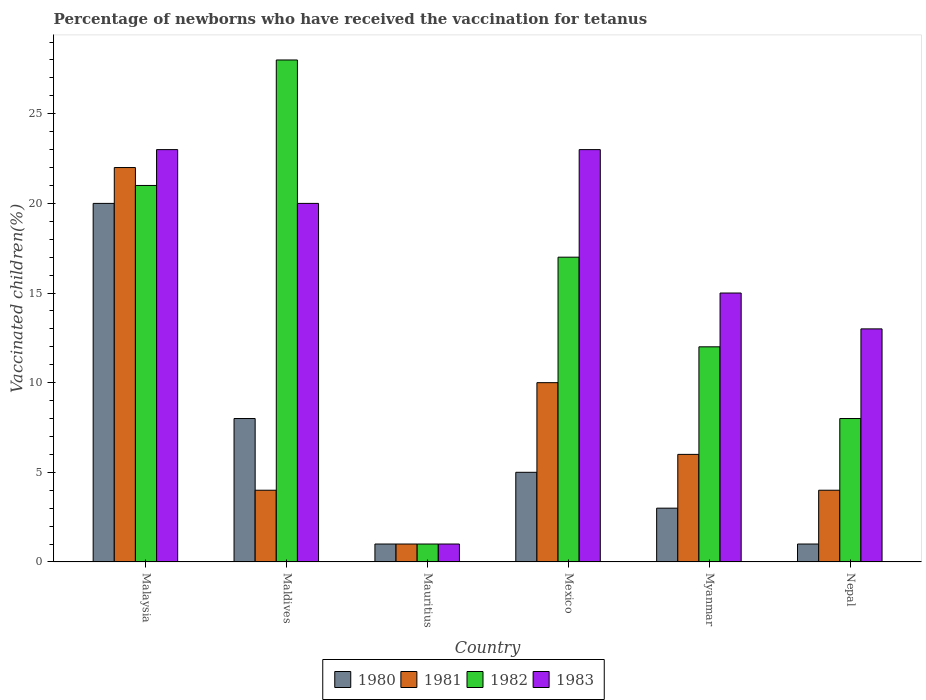
| Country | 1980 | 1981 | 1982 | 1983 |
 | --- | --- | --- | --- | --- |
 | Malaysia | 20 | 22 | 21 | 23 |
 | Maldives | 8 | 4 | 28 | 20 |
 | Mauritius | 1 | 1 | 1 | 1 |
 | Mexico | 5 | 10 | 17 | 23 |
 | Myanmar | 3 | 6 | 12 | 15 |
 | Nepal | 1 | 4 | 8 | 13 |